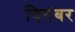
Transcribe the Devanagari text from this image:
दिगंबर